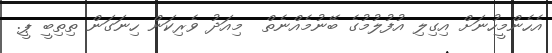
އެހެންމީހުނަށް އިގިލި އުފުލުމުގެ ބޭނުމެއްނެތް  މިއަދު ވެރިކަން ހިނަގަން ތިތިބީ ޕީ.